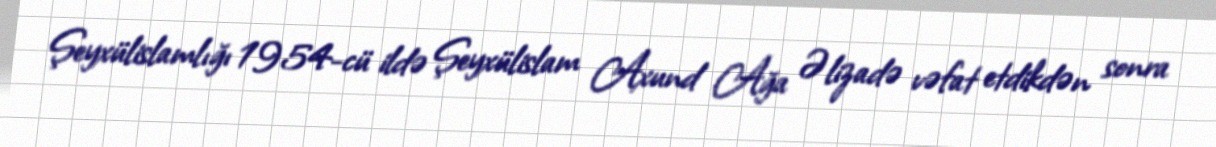
Şeyxülislamlığı 1954-cü ildə Şeyxülislam Axund Ağa Əlizadə vəfat etdikdən sonra